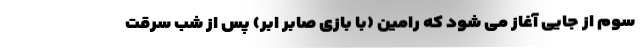
سوم از جایی آغاز می شود که رامین (با بازی صابر ابر) پس از شب سرقت